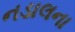
નડાલના